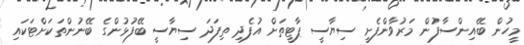
މީހުން ބޭއިންސާފުން މަރުވާންފެށީ ސިޔާސީ ޕާޓީތަށް އުފެދި ތިފަދަ ސިޔާސީ ބޭފުޅުންގެ ބޭނުންތަކަށްޓަކައި